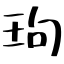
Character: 玽